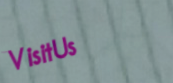
VisitUs